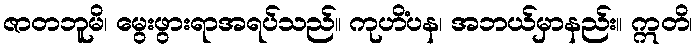
ဇာတဘူမိ၊ မွေးဖွားရာအရပ်သည်။ ကုဟိံပန၊ အဘယ်မှာနည်း။ ဣတိ၊